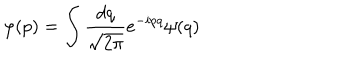
\varphi ( p ) = \int \frac { d q } { \sqrt { 2 \pi } } e ^ { - i p q } \psi ( q )